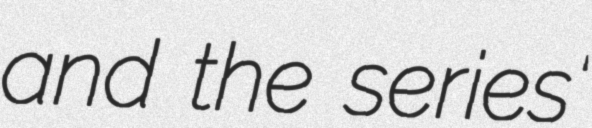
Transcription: and the series'